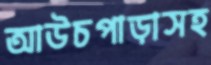
আউচপাড়াসহ